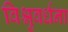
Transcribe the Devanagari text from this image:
विश्नुवर्धना